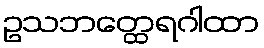
ဥသဘတ္ထေရဂါထာ